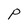
Character: P